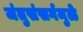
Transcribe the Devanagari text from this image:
जंतुसंसर्गमुळे